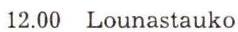
12.00 Lounastauko